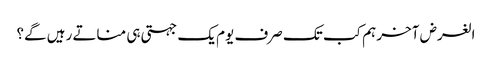
الغرض آخر ہم کب تک صرف یوم یک جہتی ہی مناتے رہیں گے؟